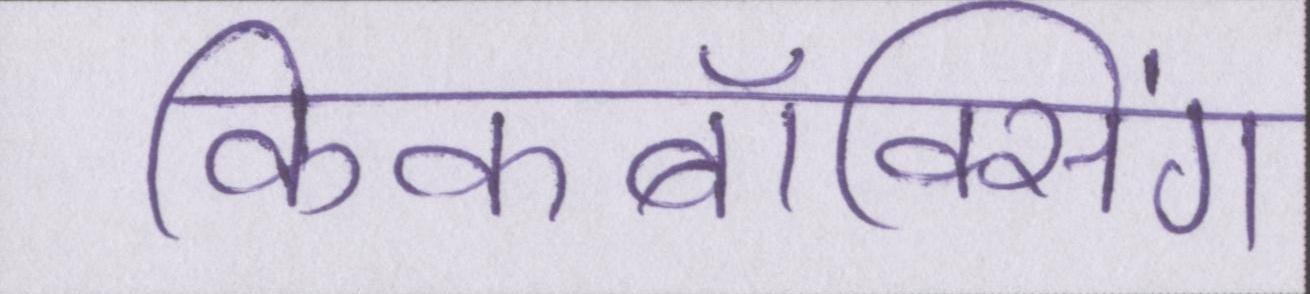
किकबॉक्सिंग